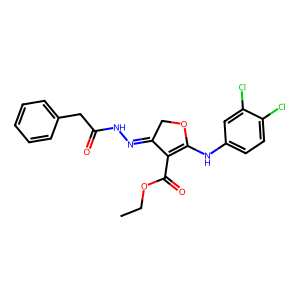
SMILES: CCOC(=O)C1=C(Nc2ccc(Cl)c(Cl)c2)OCC1=NNC(=O)Cc1ccccc1
Inhibits HIV replication: No